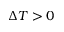
\Delta T > 0